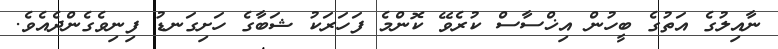
ނާއިލުގެ އަތުގެ ބީހުން އިޚްސާސް ކުރެވޭ ކޮންމެ ފަހަރަކު ޝަބާގެ ހަށިގަނޑު ފިނިވެގެންދެއެވެ.